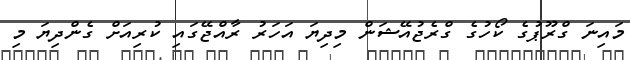
މައިނަ ގްރޫޕުގެ ކޯހުގެ ގްރެޖުއޭޝަން މިދިޔަ އަހަރު ރާއްޖޭގައި ކުރިއަށް ގެންދިޔަ މި